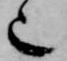
也